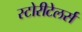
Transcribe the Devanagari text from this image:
स्टोरीटेलर्स